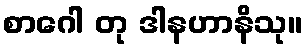
စာဂေါ တု ဒါနဟာနိသု။